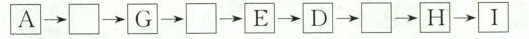
A\longrightarrow \Box \longrightarrow G\longrightarrow \Box \longrightarrow E\longrightarrow D\longrightarrow \Box \longrightarrow H \longrightarrow I